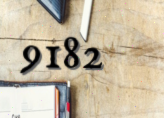
9182